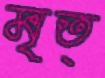
মৃত্